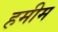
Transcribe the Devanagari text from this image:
हमीम